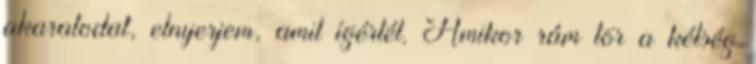
akaratodat, elnyerjem, amit ígértél. Amikor rám tör a kétség